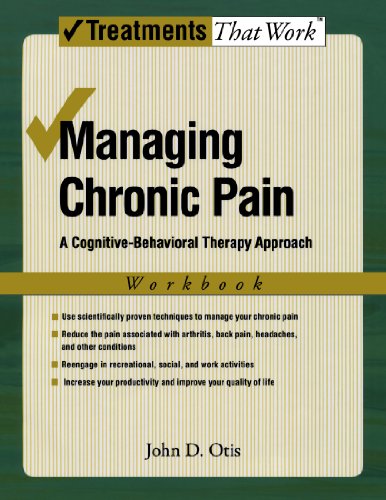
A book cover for Managing Chronic Pain: A Cognitive-Behavioral Therapy Approach Workbook (Treatments That Work); John Otis; Medical Books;